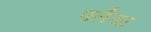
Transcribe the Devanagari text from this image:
पलैया